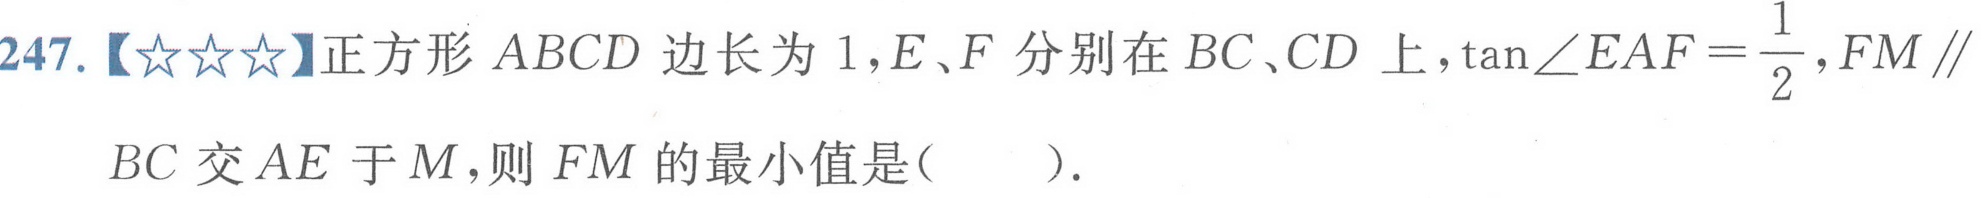
247.【★★★】正方形\(ABCD\)边长为\(1\)，\(E、F\)分别在\(BC、CD\)上，\(\tan\angle EAF=\frac{1}{2}\)，\(FM\parallel BC\)交\(AE\)于\(M\)，则\(FM\)的最小值是(  ).